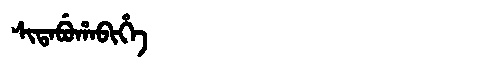
Manchu: ᠰᡳᡨᠠᠪᡠᡥᠠᠪᡳᡥᡝ
Romanization: SITABUHABIHE